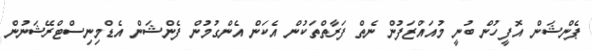
ޕެންޝަން އޮފީހުން ބުނީ މުއައްޒަފުން ނެތް ފަރާތްތަކުން އެކަން އެންގުމުން ފެންޝަން އެޑްމިނިސްޓްރޭޝަނުން